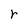
Character: r